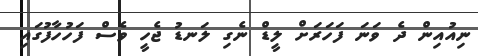
ނިއުއިން ދެ ވަނަ ފަހަރަށް ލީޑް ނެގި ލަނޑު ޖެހީ ވެސް ފަހުހާފުގައި